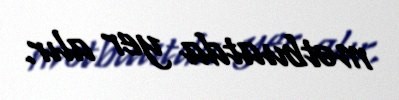
mətbuatda yer alır.